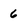
Character: 6